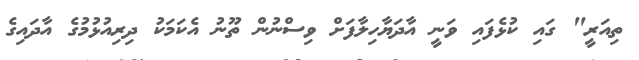
ތިއަރީ" ގައި ކުޅެފައި ވަނީ އާދަޔާހިލާފަށް ވިސްނުން ތޫނު އެކަމަކު ދިރިއުޅުމުގެ އާދައިގެ